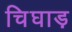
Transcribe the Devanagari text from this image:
चिघाड़